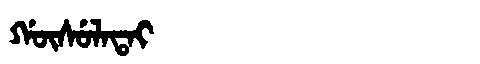
Manchu: ᡤᡡᠰᡠᠯᠠᡨᠠᡳ
Romanization: GŪSULATAI